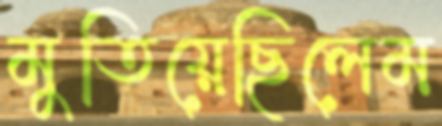
মুতিয়েছিলেম